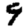
Digit: 9